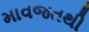
માવજતથી